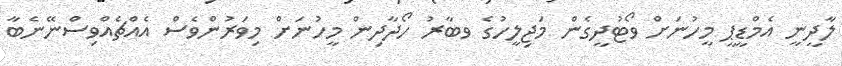
ލާދީނީ އެމްޑީޕީ މީހުނަށް ވޯޓުދީގެން މަޖިލީހުގެ ވބާރު ހޯދާދިން މީހުނަށް މިވަރުންވެސް އެއްޗެއްވިސްނޭނެބާ